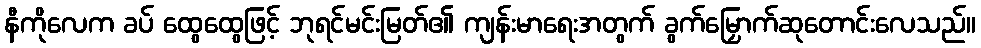
နီကိုလေက ခပ် ထွေထွေဖြင့် ဘုရင်မင်းမြတ်၏ ကျန်းမာရေးအတွက် ခွက်မြှောက်ဆုတောင်းလေသည်။